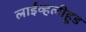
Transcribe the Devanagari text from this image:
लाईव्हलीहूड